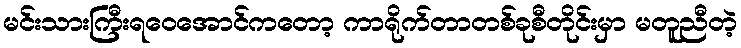
မင်းသားကြီးရဝေအောင်ကတော့ ကာရိုက်တာတစ်ခုစီတိုင်းမှာ မတူညီတဲ့